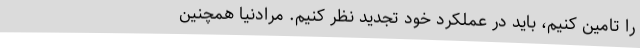
را تامین کنیم، باید در عملکرد خود تجدید نظر کنیم. مرادنیا همچنین